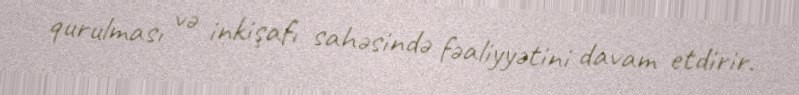
qurulması və inkişafı sahəsində fəaliyyətini davam etdirir.